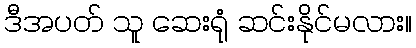
ဒီအပတ် သူ ဆေးရုံ ဆင်းနိုင်မလား။